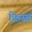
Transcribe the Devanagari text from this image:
क्रिस्त